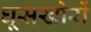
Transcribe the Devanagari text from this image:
घूसखोरों